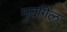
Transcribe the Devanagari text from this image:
मुदगिल्